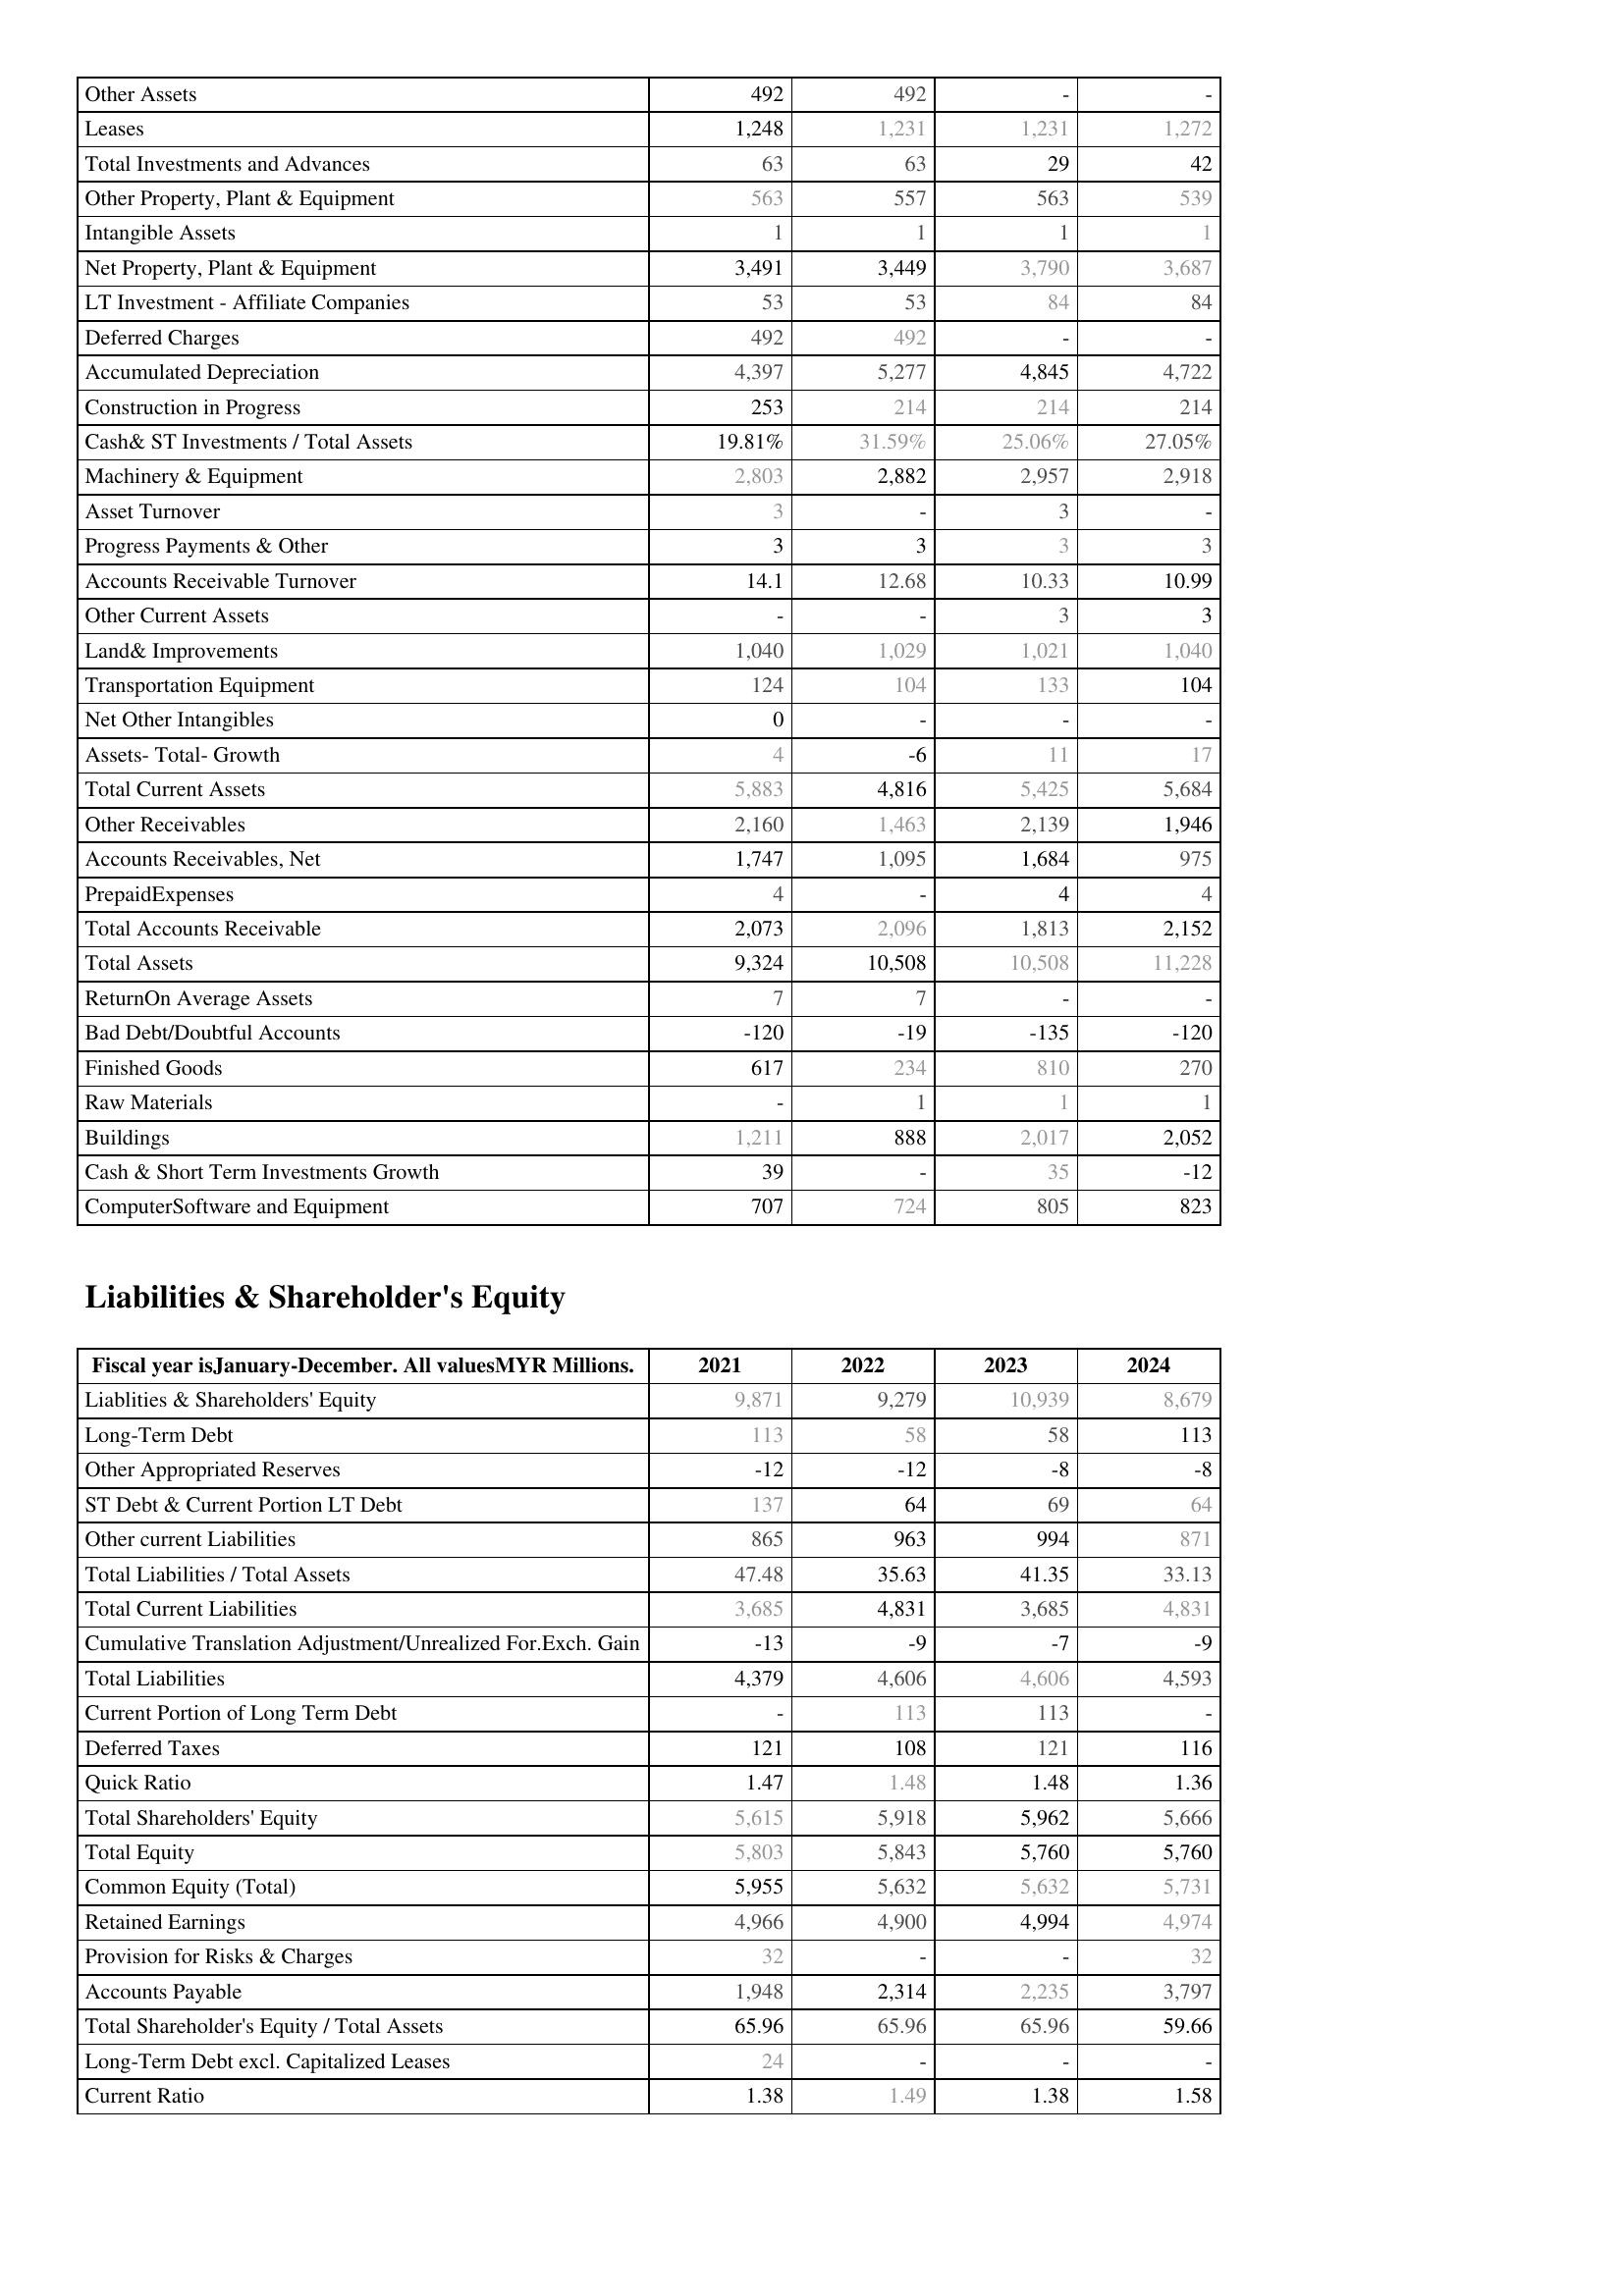
2021: Assets: Other Assets: 492
Leases: 1,248
Total Investments and Advances: 63
Other Property, Plant & Equipment: 563
Intangible Assets: 1
Net Property, Plant & Equipment: 3,491
LT Investment - Affiliate Companies: 53
Deferred Charges: 492
Accumulated Depreciation: 4,397
Construction in Progress: 253
Cash& ST Investments / Total Assets: 19.81%
Machinery & Equipment: 2,803
Asset Turnover: 3
Progress Payments & Other: 3
Accounts Receivable Turnover: 14.1
Other Current Assets: -
Land& Improvements: 1,040
Transportation Equipment: 124
Net Other Intangibles: 0
Assets- Total- Growth: 4
Total Current Assets: 5,883
Other Receivables: 2,160
Accounts Receivables, Net: 1,747
PrepaidExpenses: 4
Total Accounts Receivable: 2,073
Total Assets: 9,324
ReturnOn Average Assets: 7
Bad Debt/Doubtful Accounts: -120
Finished Goods: 617
Raw Materials: -
Buildings: 1,211
Cash & Short Term Investments Growth: 39
ComputerSoftware and Equipment: 707
Liabilities & Shareholder's Equity: Liablities & Shareholders' Equity: 9,871
Long-Term Debt: 113
Other Appropriated Reserves: -12
ST Debt & Current Portion LT Debt: 137
Other current Liabilities: 865
Total Liabilities / Total Assets: 47.48
Total Current Liabilities: 3,685
Cumulative Translation Adjustment/Unrealized For.Exch. Gain: -13
Total Liabilities: 4,379
Current Portion of Long Term Debt: -
Deferred Taxes: 121
Quick Ratio: 1.47
Total Shareholders' Equity: 5,615
Total Equity: 5,803
Common Equity (Total): 5,955
Retained Earnings: 4,966
Provision for Risks & Charges: 32
Accounts Payable: 1,948
Total Shareholder's Equity / Total Assets: 65.96
Long-Term Debt excl. Capitalized Leases: 24
Current Ratio: 1.38
2022: Assets: Other Assets: 492
Leases: 1,231
Total Investments and Advances: 63
Other Property, Plant & Equipment: 557
Intangible Assets: 1
Net Property, Plant & Equipment: 3,449
LT Investment - Affiliate Companies: 53
Deferred Charges: 492
Accumulated Depreciation: 5,277
Construction in Progress: 214
Cash& ST Investments / Total Assets: 31.59%
Machinery & Equipment: 2,882
Asset Turnover: -
Progress Payments & Other: 3
Accounts Receivable Turnover: 12.68
Other Current Assets: -
Land& Improvements: 1,029
Transportation Equipment: 104
Net Other Intangibles: -
Assets- Total- Growth: -6
Total Current Assets: 4,816
Other Receivables: 1,463
Accounts Receivables, Net: 1,095
PrepaidExpenses: -
Total Accounts Receivable: 2,096
Total Assets: 10,508
ReturnOn Average Assets: 7
Bad Debt/Doubtful Accounts: -19
Finished Goods: 234
Raw Materials: 1
Buildings: 888
Cash & Short Term Investments Growth: -
ComputerSoftware and Equipment: 724
Liabilities & Shareholder's Equity: Liablities & Shareholders' Equity: 9,279
Long-Term Debt: 58
Other Appropriated Reserves: -12
ST Debt & Current Portion LT Debt: 64
Other current Liabilities: 963
Total Liabilities / Total Assets: 35.63
Total Current Liabilities: 4,831
Cumulative Translation Adjustment/Unrealized For.Exch. Gain: -9
Total Liabilities: 4,606
Current Portion of Long Term Debt: 113
Deferred Taxes: 108
Quick Ratio: 1.48
Total Shareholders' Equity: 5,918
Total Equity: 5,843
Common Equity (Total): 5,632
Retained Earnings: 4,900
Provision for Risks & Charges: -
Accounts Payable: 2,314
Total Shareholder's Equity / Total Assets: 65.96
Long-Term Debt excl. Capitalized Leases: -
Current Ratio: 1.49
2023: Assets: Other Assets: -
Leases: 1,231
Total Investments and Advances: 29
Other Property, Plant & Equipment: 563
Intangible Assets: 1
Net Property, Plant & Equipment: 3,790
LT Investment - Affiliate Companies: 84
Deferred Charges: -
Accumulated Depreciation: 4,845
Construction in Progress: 214
Cash& ST Investments / Total Assets: 25.06%
Machinery & Equipment: 2,957
Asset Turnover: 3
Progress Payments & Other: 3
Accounts Receivable Turnover: 10.33
Other Current Assets: 3
Land& Improvements: 1,021
Transportation Equipment: 133
Net Other Intangibles: -
Assets- Total- Growth: 11
Total Current Assets: 5,425
Other Receivables: 2,139
Accounts Receivables, Net: 1,684
PrepaidExpenses: 4
Total Accounts Receivable: 1,813
Total Assets: 10,508
ReturnOn Average Assets: -
Bad Debt/Doubtful Accounts: -135
Finished Goods: 810
Raw Materials: 1
Buildings: 2,017
Cash & Short Term Investments Growth: 35
ComputerSoftware and Equipment: 805
Liabilities & Shareholder's Equity: Liablities & Shareholders' Equity: 10,939
Long-Term Debt: 58
Other Appropriated Reserves: -8
ST Debt & Current Portion LT Debt: 69
Other current Liabilities: 994
Total Liabilities / Total Assets: 41.35
Total Current Liabilities: 3,685
Cumulative Translation Adjustment/Unrealized For.Exch. Gain: -7
Total Liabilities: 4,606
Current Portion of Long Term Debt: 113
Deferred Taxes: 121
Quick Ratio: 1.48
Total Shareholders' Equity: 5,962
Total Equity: 5,760
Common Equity (Total): 5,632
Retained Earnings: 4,994
Provision for Risks & Charges: -
Accounts Payable: 2,235
Total Shareholder's Equity / Total Assets: 65.96
Long-Term Debt excl. Capitalized Leases: -
Current Ratio: 1.38
2024: Assets: Other Assets: -
Leases: 1,272
Total Investments and Advances: 42
Other Property, Plant & Equipment: 539
Intangible Assets: 1
Net Property, Plant & Equipment: 3,687
LT Investment - Affiliate Companies: 84
Deferred Charges: -
Accumulated Depreciation: 4,722
Construction in Progress: 214
Cash& ST Investments / Total Assets: 27.05%
Machinery & Equipment: 2,918
Asset Turnover: -
Progress Payments & Other: 3
Accounts Receivable Turnover: 10.99
Other Current Assets: 3
Land& Improvements: 1,040
Transportation Equipment: 104
Net Other Intangibles: -
Assets- Total- Growth: 17
Total Current Assets: 5,684
Other Receivables: 1,946
Accounts Receivables, Net: 975
PrepaidExpenses: 4
Total Accounts Receivable: 2,152
Total Assets: 11,228
ReturnOn Average Assets: -
Bad Debt/Doubtful Accounts: -120
Finished Goods: 270
Raw Materials: 1
Buildings: 2,052
Cash & Short Term Investments Growth: -12
ComputerSoftware and Equipment: 823
Liabilities & Shareholder's Equity: Liablities & Shareholders' Equity: 8,679
Long-Term Debt: 113
Other Appropriated Reserves: -8
ST Debt & Current Portion LT Debt: 64
Other current Liabilities: 871
Total Liabilities / Total Assets: 33.13
Total Current Liabilities: 4,831
Cumulative Translation Adjustment/Unrealized For.Exch. Gain: -9
Total Liabilities: 4,593
Current Portion of Long Term Debt: -
Deferred Taxes: 116
Quick Ratio: 1.36
Total Shareholders' Equity: 5,666
Total Equity: 5,760
Common Equity (Total): 5,731
Retained Earnings: 4,974
Provision for Risks & Charges: 32
Accounts Payable: 3,797
Total Shareholder's Equity / Total Assets: 59.66
Long-Term Debt excl. Capitalized Leases: -
Current Ratio: 1.58